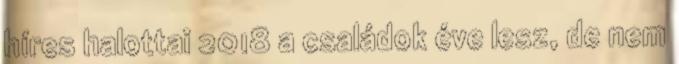
híres halottai 2018 a családok éve lesz, de nem